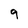
Character: 9